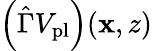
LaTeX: \left(\hat{\Gamma}V_{\mathrm{pl}}\right)(\mathbf{x},z)